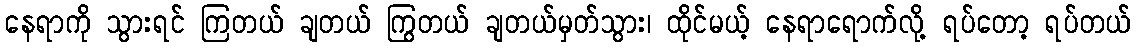
နေရာကို သွားရင် ကြတယ် ချတယ် ကြွတယ် ချတယ်မှတ်သွား၊ ထိုင်မယ့် နေရာရောက်လို့ ရပ်တော့ ရပ်တယ်